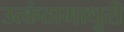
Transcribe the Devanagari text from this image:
उत्कंठामाधुरी